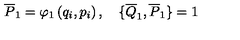
\overline { { P } } _ { 1 } = \varphi _ { 1 } \left( q _ { i } , p _ { i } \right) , \quad \{ \overline { { Q } } _ { 1 } , \overline { { P } } _ { 1 } \} = 1